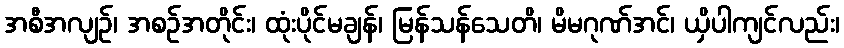
အစီအလျဉ်၊ အစဉ်အတိုင်း၊ ထုံးပိုင်မချန်၊ မြန်သန်သေတိ၊ မိမဂုဏ်အင်၊ ယှိပါကျင်လည်း၊